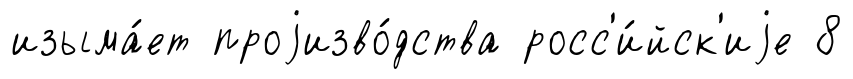
изыма́ет проjизво́дства росс'и́йск'иjе 8